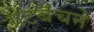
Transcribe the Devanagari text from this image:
ग्रेटबॅचने